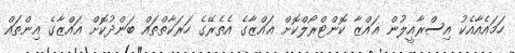
ހަމައެއާއެކު އިސްރާއީލުން ޣައްޒާ ކޮންޓްރޯލްކޮށް ޣައްޒާގެ އެތެރޭގެ ހަރަކާތްތައް ބަންދުކޮށް ޣައްޒާގެ އިންތައް